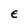
Character: E